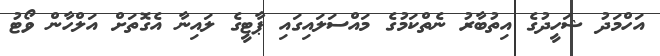
އަހްމަދު ޝަހީދުގެ އިތުބާރު ނެތްކަމުގެ މައްސަލައިގައި ޕާޓީގެ ލައިނާ އެގޮތަށް އަލްހާން ވޯޓު